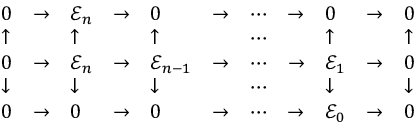
{ \begin{array} { l l l l l l l l l l l } { 0 } & { \to } & { { \mathcal { E } } _ { n } } & { \to } & { 0 } & { \to } & { \cdots } & { \to } & { 0 } & { \to } & { 0 } \\ { \uparrow } & & { \uparrow } & & { \uparrow } & & { \cdots } & & { \uparrow } & & { \uparrow } \\ { 0 } & { \to } & { { \mathcal { E } } _ { n } } & { \to } & { { \mathcal { E } } _ { n - 1 } } & { \to } & { \cdots } & { \to } & { { \mathcal { E } } _ { 1 } } & { \to } & { 0 } \\ { \downarrow } & & { \downarrow } & & { \downarrow } & & { \cdots } & & { \downarrow } & & { \downarrow } \\ { 0 } & { \to } & { 0 } & { \to } & { 0 } & { \to } & { \cdots } & { \to } & { { \mathcal { E } } _ { 0 } } & { \to } & { 0 } \end{array} }